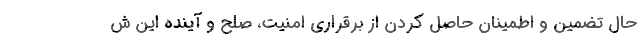
حال تضمین و اطمینان حاصل کردن از برقراری امنیت، صلح و آینده این ش